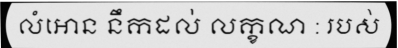
លំឤេន នឹកដល់ លក្ខណ : របស់